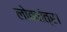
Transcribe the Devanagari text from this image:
लोकतंत्र।